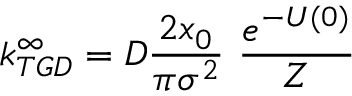
k _ { T G D } ^ { \infty } = D \frac { 2 x _ { 0 } } { \pi \sigma ^ { 2 } } \ \frac { e ^ { - U ( 0 ) } } { Z }